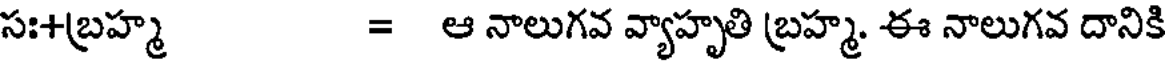
సః+బ్రహ్మ = ఆ నాలుగవ వ్యాహృతి బ్రహ్మ. ఈ నాలుగవ దానికి